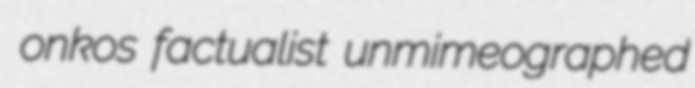
onkos factualist unmimeographed